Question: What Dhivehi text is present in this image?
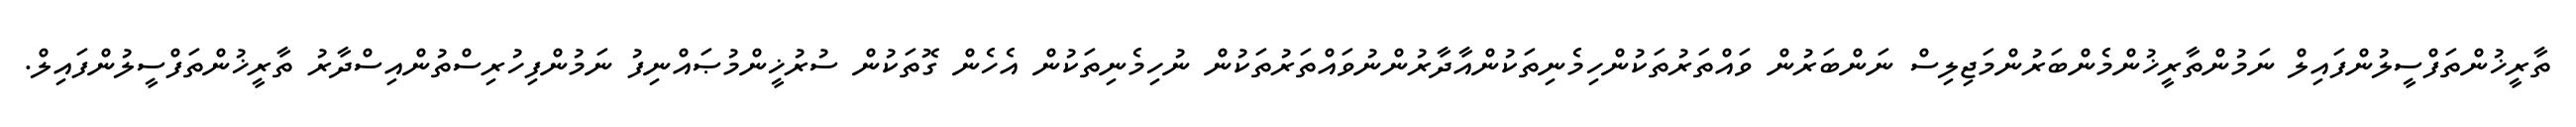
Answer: ތާރީޚުންތަފްސީލުންފައިލް ނަމުންތާރީޚުންމެންބަރުންމަޖިލިސް ނަންބަރުން ވައްތަރުތަކުންހިމެނިތަކުންއާދާރުންނުވައްތަރުތަކުން ނުހިމެނިތަކުން އެހެން ގޮތަކުން ސުރުޚީންމުޞައްނިފު ނަމުންފިހުރިސްތުންއިސްދާރު ތާރީޚުންތަފްސީލުންފައިލް.